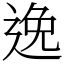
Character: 𨓜